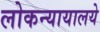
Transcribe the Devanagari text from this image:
लोकन्यायालये